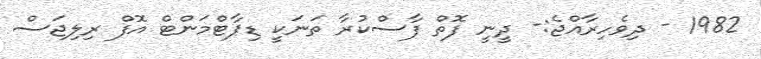
1982 - ދިވެހިރާއްޖެ:- ދީނީ ފޮތް ފާސްކުރާ ތަނަކީ ޑިޕާޓްމަންޓް އޮފް ރިލިޖަސް